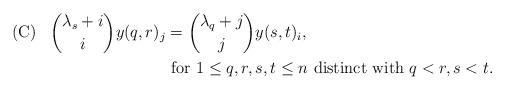
LaTeX: \begin{align*} {\rm (C)} \hskip 10pt {\lambda_s+i \choose i} y(q,r)_j&={\lambda_q+j\choose j} y(s,t)_i, \hskip 170pt \cr&\hbox{ for } 1\leq q,r,s,t\leq n \hbox{ distinct with } q<r, s<t.\end{align*}